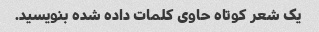
یک شعر کوتاه حاوی کلمات داده شده بنویسید.